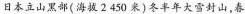
日本立山黑部(海拔2450米)冬半年大雪封山，春